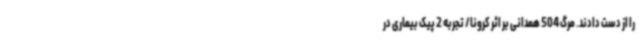
را از دست دادند. مرگ 504 همدانی بر اثر کرونا/ تجربه 2 پیک بیماری در